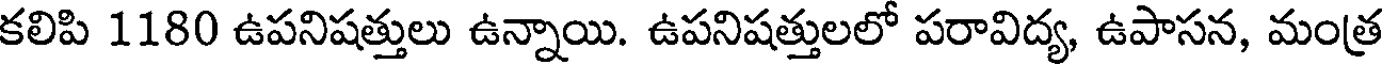
కలిపి 1180 ఉపనిషత్తులు ఉన్నాయి. ఉపనిషత్తులలో పరావిద్య, ఉపాసన, మంత్ర